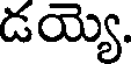
డయ్యె.